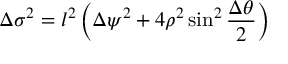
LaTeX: \Delta \sigma ^ { 2 } = l ^ { 2 } \left( \Delta \psi ^ { 2 } + 4 \rho ^ { 2 } \sin ^ { 2 } { \frac { \Delta \theta } { 2 } } \right)